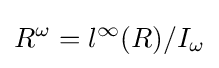
R^{\omega }=l^{\infty }(R)/I_{\omega }